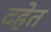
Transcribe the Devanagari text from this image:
दहेत